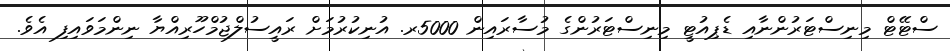
ސްޓޭޓް މިނިސްޓަރުންނާއި ޑެޕިއުޓީ މިނިސްޓަރުންގެ މުސާރައިން 5000ރ. އުނިކުރުމަށް ރައީސުލްޖުމްހޫރިއްޔާ ނިންމަވައިފި އެވެ.